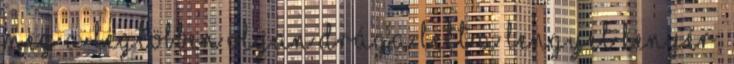
meg a legtöbben Olyan drága lett a lengyel kenyér,